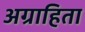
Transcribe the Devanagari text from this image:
अग्राहिता